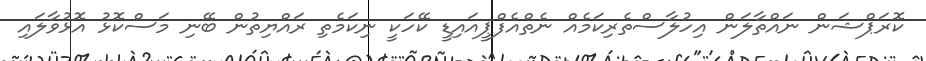
ކޮރަޕްޝަން ނައްތާލަން އިހުލާސްތެރިކަމެއް ނެތްއެފްޕީއައިޑީ ކޭހަކީ ނިކަމެތި ރައްޔިތުން ބޭނި މަސްކޮޅު އޮޅުވާލައި